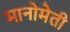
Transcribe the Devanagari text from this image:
मानोमेती